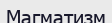
Магматизм